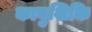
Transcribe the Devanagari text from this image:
काबुशिकि